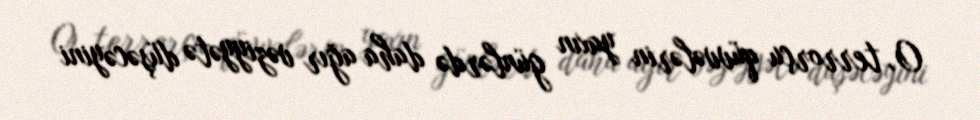
O, terrorçu qüvvələrin yaxın günlərdə daha ağır vəziyyətə düşəcəyini